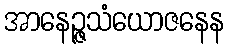
အာနေဉ္ဇသံယောဇနေန